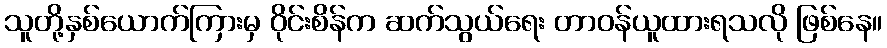
သူတို့နှစ်ယောက်ကြားမှ ဝိုင်းစိန်က ဆက်သွယ်ရေး တာဝန်ယူထားရသလို ဖြစ်နေ။